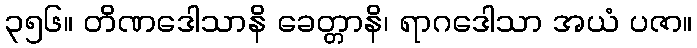
၃၅၆။ တိဏဒေါသာနိ ခေတ္တာနိ၊ ရာဂဒေါသာ အယံ ပဇာ။